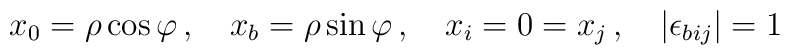
x_0 = \rho \cos \varphi \, , \quad x_b = \rho \sin \varphi \, , \quad x_i = 0 = x_j \, , \quad \left| \epsilon_{b i j} \right| = 1